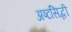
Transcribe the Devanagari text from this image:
अष्टसिद्धी